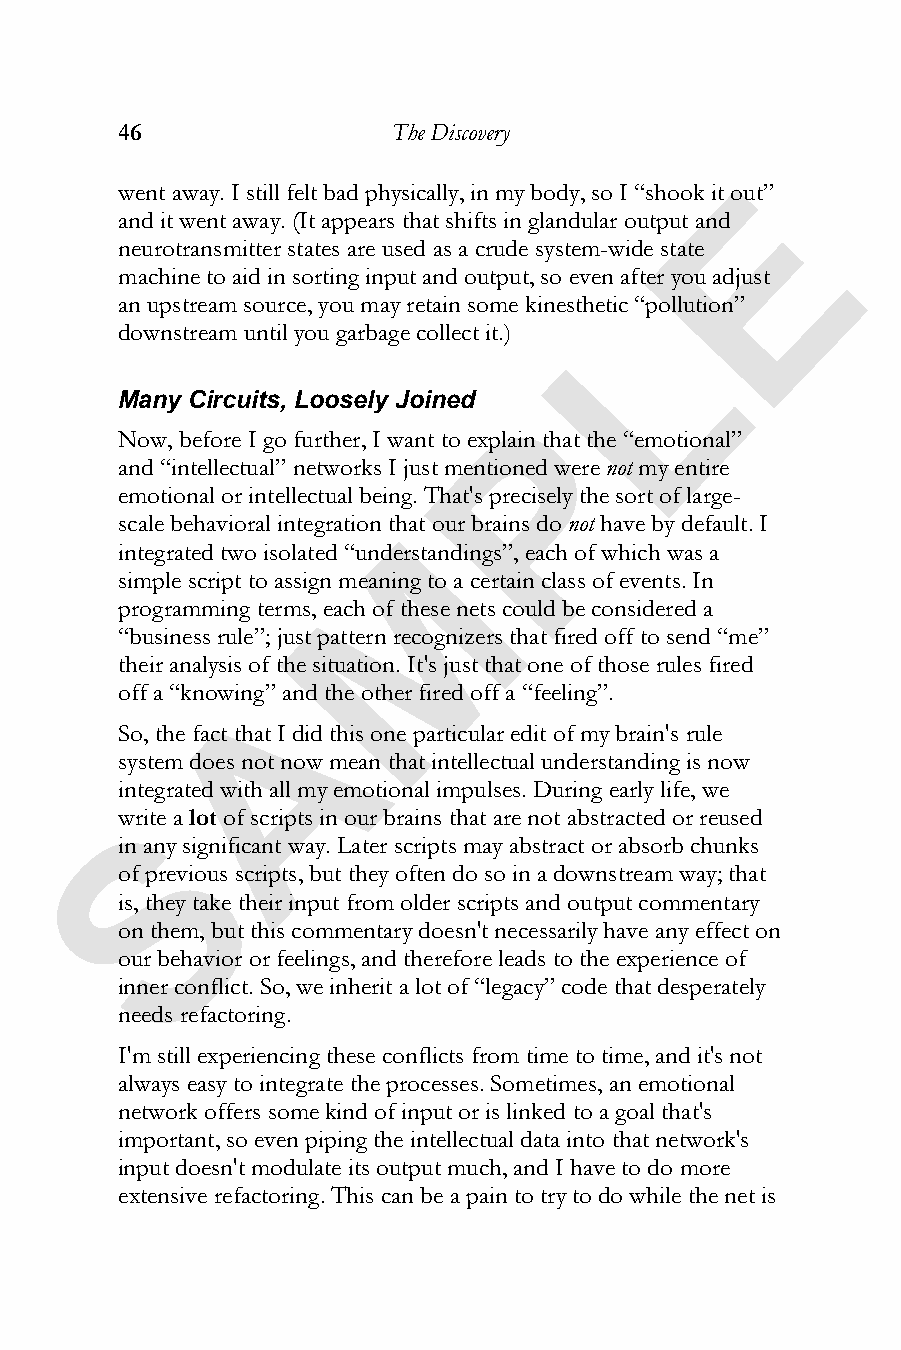
46                The Discovery
 E
 went away. I still felt bad physically, in my body, so I “shook it out”
 and it went away. (It appears that shifts in glandular output and
 neurotransmitter states are used as a crude system-wide state
 machine to aid in sorting input and output, so even after you adjust
 L
 an upstream source, you may retain some kinesthetic “pollution”
 downstream until you garbage collect it.)
 Many Circuits, Loosely Joined
 P
 Now, before I go further, I want to explain that the “emotional”
 and “intellectual” networks I just mentioned werenot my entire
 emotional or intellectual being. That's precisely the sort of large-
 scale behavioral integration thMat our brains do not have by default. I
 integrated two isolated “understandings”, each of which was a
 simple script to assign meaning to a certain class of events. In
 programming terms, each of these nets could be considered a
 “business rule”; just pattern recognizers that fired off to send “me”
 their analysis of the situation. It's just that one of those rules fired
 A
 off a “knowing” and the other fired off a “feeling”.
 So, the fact that I did this one particular edit of my brain's rule
 system does not now mean that intellectual understanding is now
 integrated with all my emotional impulses. During early life, we
 S
 write alot of scripts in our brains that are not abstracted or reused
 in any significant way. Later scripts may abstract or absorb chunks
 of previous scripts, but they often do so in a downstream way; that
 is, they take their input from older scripts and output commentary
 on them, but this commentary doesn't necessarily have any effect on
 our behavior or feelings, and therefore leads to the experience of
 inner conflict. So, we inherit a lot of “legacy” code that desperately
 needs refactoring.
 I'm still experiencing these conflicts from time to time, and it's not
 always easy to integrate the processes. Sometimes, an emotional
 network offers some kind of input or is linked to a goal that's
 important, so even piping the intellectual data into that network's
 input doesn't modulate its output much, and I have to do more
 extensive refactoring. This can be a pain to try to do while the net is